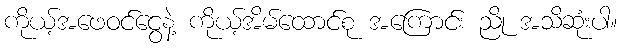
ကိုယ့်အဖေဝင်ငွေနဲ့ ကိုယ့်အိမ်ထောင်စု အကြောင်း ညို အသိဆုံးပါ။